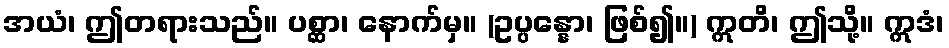
အယံ၊ ဤတရားသည်။ ပစ္ဆာ၊ နောက်မှ။ (ဥပ္ပန္နော၊ ဖြစ်၍။) ဣတိ၊ ဤသို့။ ဣဒံ၊